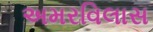
અમરવિલાસ